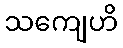
သကျေဟိ